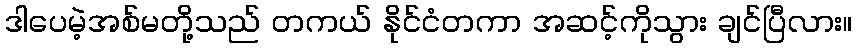
ဒါပေမဲ့အစ်မတို့သည် တကယ် နိုင်ငံတကာ အဆင့်ကိုသွား ချင်ပြီလား။